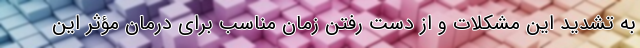
به تشدید این مشکلات و از دست رفتن زمان مناسب برای درمان مؤثر این